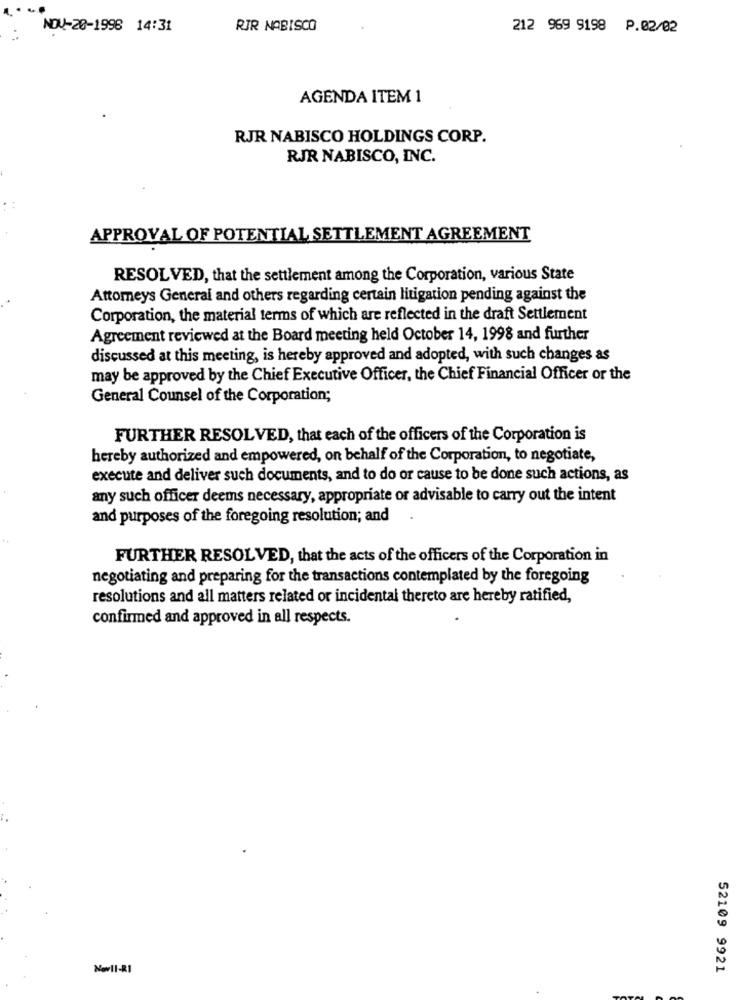
....
NOV-20-1998 14:31
RIR NABISCO
212 969 9198 P.02/02
AGENDA ITEM 1
RJR NABISCO HOLDINGS CORP.
RJR NABISCO, INC.
. .
APPROVAL OF POTENTIAL SETTLEMENT AGREEMENT
RESOLVED, that the settlement among the Corporation, various State
Attomeys General and others regarding certain litigation pending against the
Corporation, the material terms of which are reflected in the draft Settlement
Agreement reviewed at the Board meeting held October 14, 1998 and further
discussed at this meeting, is hereby approved and adopted, with such changes as
may be approved by the Chief Executive Officer, the Chief Financial Officer or the
General Counsel of the Corporation;
FURTHER RESOLVED, that each of the officers of the Corporation is
hereby authorized and empowered, on behalf of the Corporation, to negotiate,
execute and deliver such documents, and to do or cause to be done such actions, as
any such officer deems necessary, appropriate or advisable to carry out the intent
and purposes of the foregoing resolution; and
FURTHER RESOLVED, that the acts of the officers of the Corporation in
negotiating and preparing for the transactions contemplated by the foregoing
resolutions and all matters related or incidental thereto are hereby ratified,
confirmed and approved in all respects.
NovII-RI
52109 9921